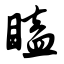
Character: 瞌